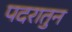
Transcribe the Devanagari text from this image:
पदरातुन